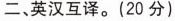
二、英汉互译。(20分)z